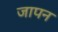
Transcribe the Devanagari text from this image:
जापन